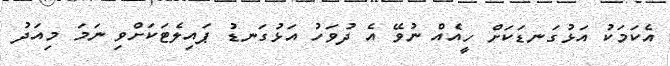
އެކަމަކު އަޅުގަނޑަކަށް ހީއެއް ނުވޭ އެ ދުވަހު އަޅުގަނޑު ޕައިލެޓަކަށްވި ނަމަ މިއަދު